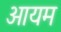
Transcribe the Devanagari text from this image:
आयम